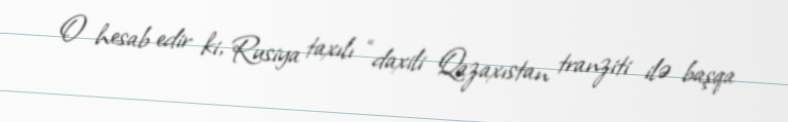
O hesab edir ki, Rusiya taxılı “daxili Qazaxıstan tranziti ilə başqa